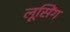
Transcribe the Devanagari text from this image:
लूसिंग